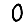
Digit: 0